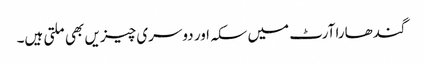
گندھارا آرٹ میں سکہ اور دوسری چیزیں بھی ملتی ہیں۔